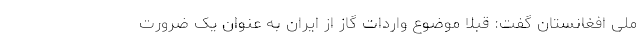
ملی افغانستان گفت: قبلا موضوع واردات گاز از ایران به عنوان یک ضرورت